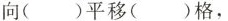
向( )平移( )格，